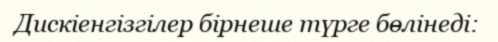
Дискіенгізгілер бірнеше түрге бөлінеді: